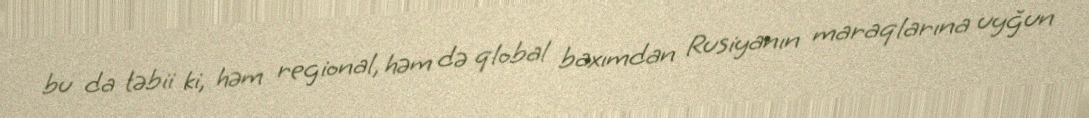
bu da təbii ki, həm regional, həm də qlobal baxımdan Rusiyanın maraqlarına uyğun